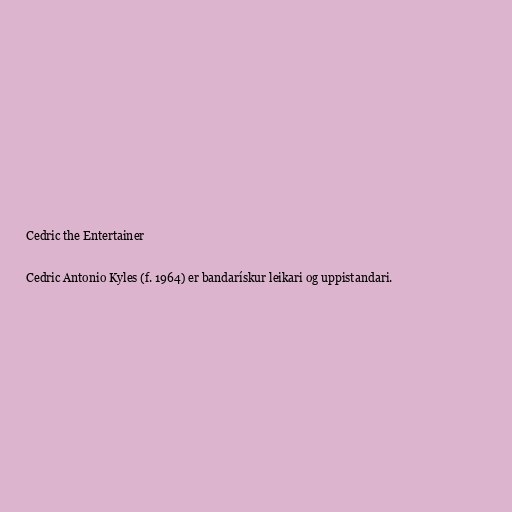
Cedric the Entertainer

Cedric Antonio Kyles (f. 1964) er bandarískur leikari og uppistandari.